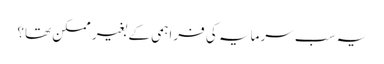
یہ سب سرمایہ کی فراہمی کے بغیر ممکن تھا؟